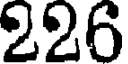
226